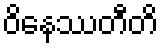
ဝိနေဿတီတိ